Annual report on the lock hospitals of the Madras Presidency
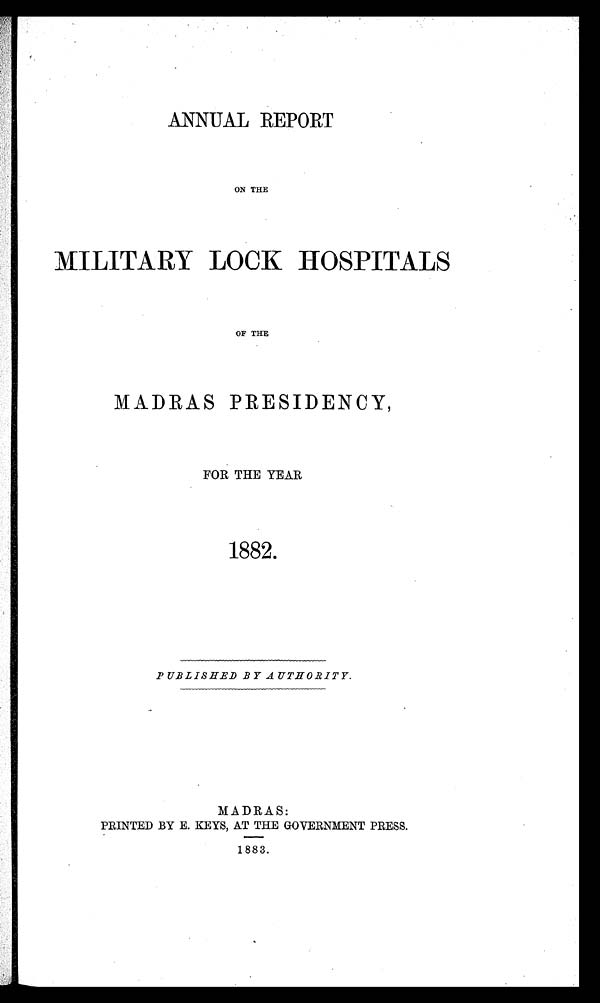
ANNUAL REPORT
ON THE
MILITARY LOCK HOSPITALS
OF THE
MADRAS PRESIDENCY,
FOR THE YEAR
1882.
PUBLISHED BY AUTHORITY.
MADRAS:
PRINTED BY E. KEYS, AT THE GOVERNMENT PRESS.
1883.